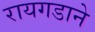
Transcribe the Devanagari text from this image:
रायगडाने